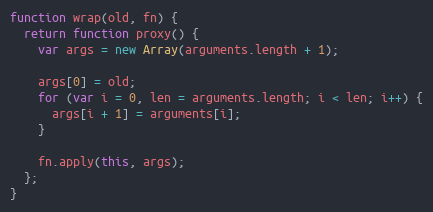
Language: JavaScript
function wrap(old, fn) {
  return function proxy() {
    var args = new Array(arguments.length + 1);

    args[0] = old;
    for (var i = 0, len = arguments.length; i < len; i++) {
      args[i + 1] = arguments[i];
    }

    fn.apply(this, args);
  };
}